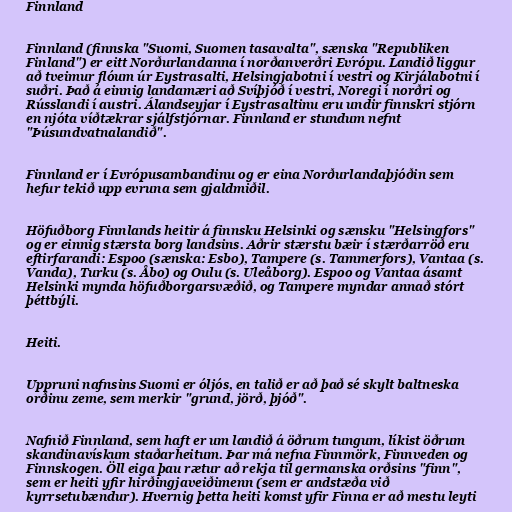
Finnland

Finnland (finnska "Suomi, Suomen tasavalta", sænska "Republiken
Finland") er eitt Norðurlandanna í norðanverðri Evrópu. Landið liggur
að tveimur flóum úr Eystrasalti, Helsingjabotni í vestri og Kirjálabotni í
suðri. Það á einnig landamæri að Svíþjóð í vestri, Noregi í norðri og
Rússlandi í austri. Álandseyjar í Eystrasaltinu eru undir finnskri stjórn
en njóta víðtækrar sjálfstjórnar. Finnland er stundum nefnt
"Þúsundvatnalandið".

Finnland er í Evrópusambandinu og er eina Norðurlandaþjóðin sem
hefur tekið upp evruna sem gjaldmiðil.

Höfuðborg Finnlands heitir á finnsku Helsinki og sænsku "Helsingfors"
og er einnig stærsta borg landsins. Aðrir stærstu bæir í stærðarröð eru
eftirfarandi: Espoo (sænska: Esbo), Tampere (s. Tammerfors), Vantaa (s.
Vanda), Turku (s. Åbo) og Oulu (s. Uleåborg). Espoo og Vantaa ásamt
Helsinki mynda höfuðborgarsvæðið, og Tampere myndar annað stórt
þéttbýli.

Heiti.

Uppruni nafnsins Suomi er óljós, en talið er að það sé skylt baltneska
orðinu zeme, sem merkir "grund, jörð, þjóð".

Nafnið Finnland, sem haft er um landið á öðrum tungum, líkist öðrum
skandinavískum staðarheitum. Þar má nefna Finnmörk, Finnveden og
Finnskogen. Öll eiga þau rætur að rekja til germanska orðsins "finn",
sem er heiti yfir hirðingjaveiðimenn (sem er andstæða við
kyrrsetubændur). Hvernig þetta heiti komst yfir Finna er að mestu leyti